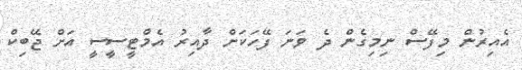
އެއިރުން މިފޭސް ނިމިގެން ދެ ވަނަ ފޭހަކަށް ދާއިރު އެމްޓީސީސީ އަށް ޖޭބިކް